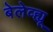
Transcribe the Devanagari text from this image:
बेलेव्ह्यू